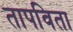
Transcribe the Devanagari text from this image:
तापविता